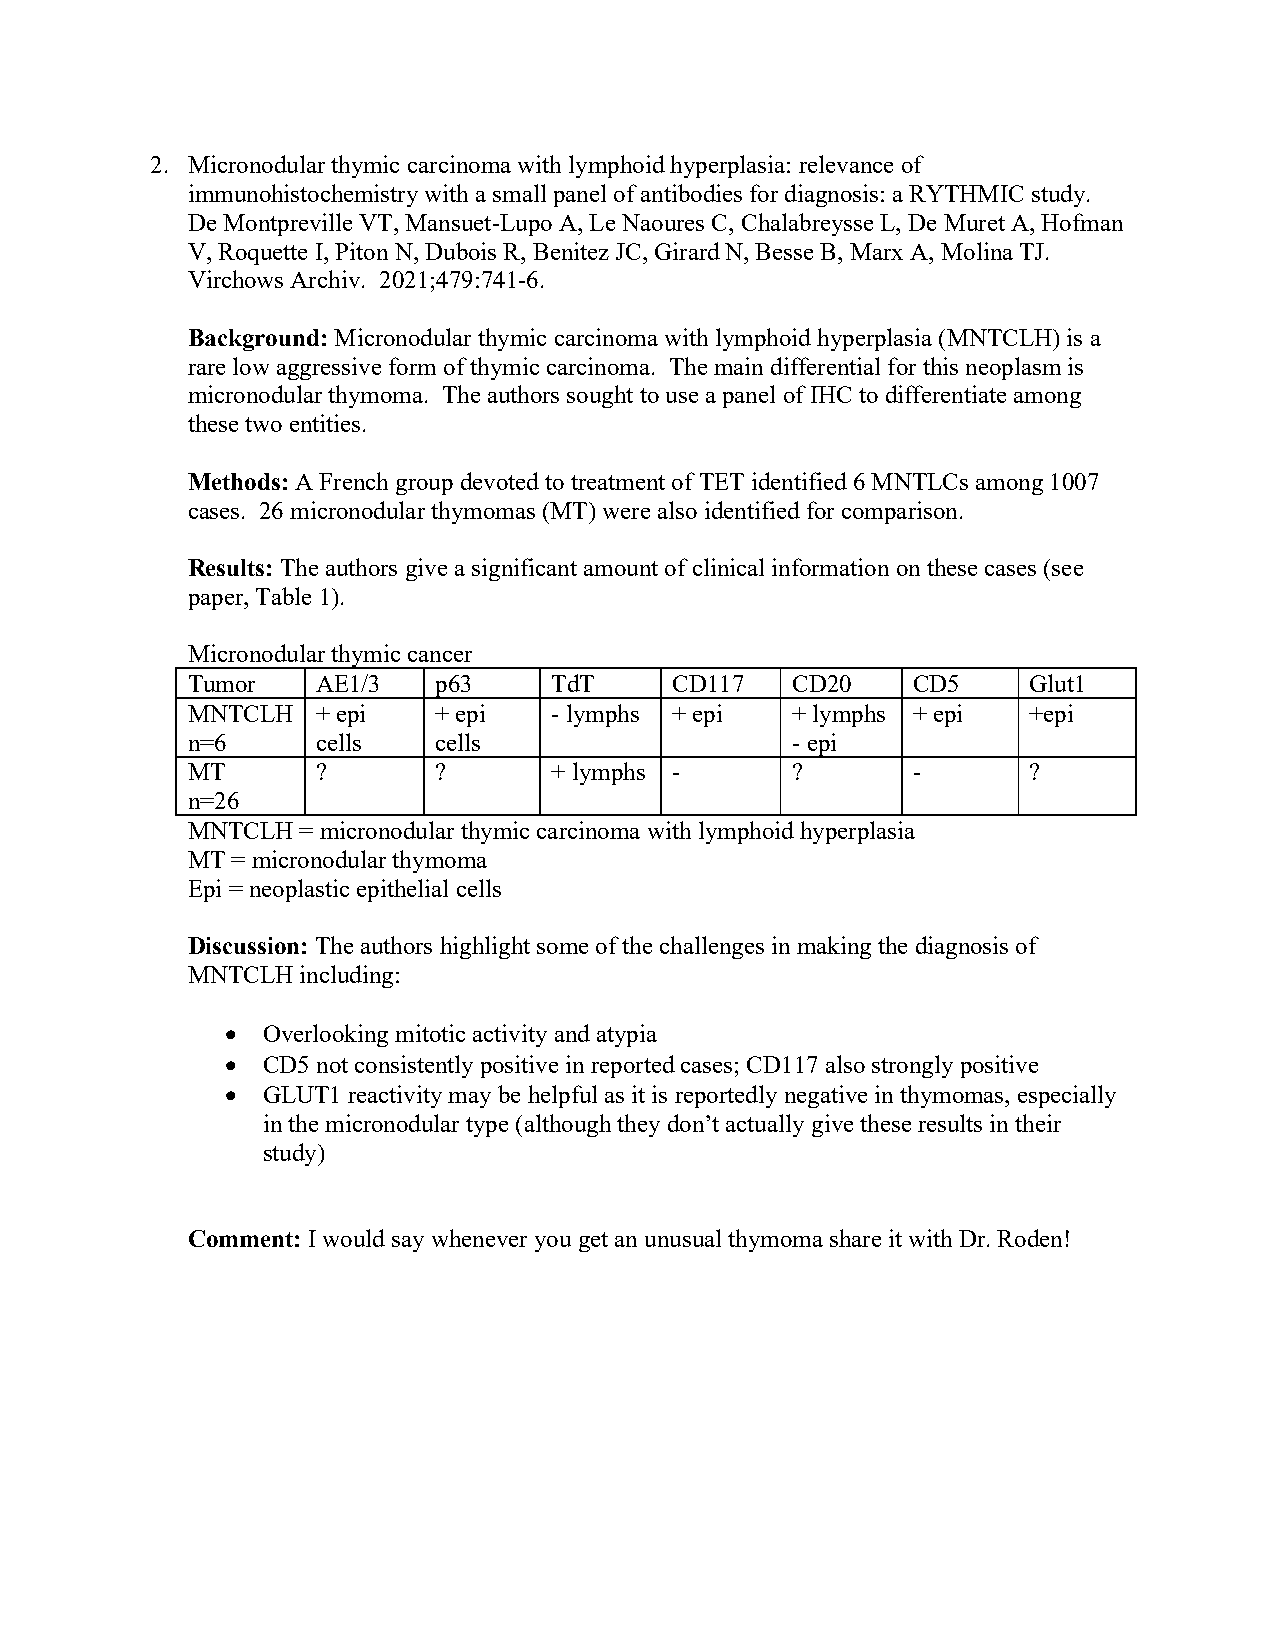
2. Micronodular thymic carcinoma with lymphoid hyperplasia: relevance of
 immunohistochemistry with a small panel of antibodies for diagnosis: a RYTHMIC study.
 De Montpreville VT, Mansuet-Lupo A, Le Naoures C, Chalabreysse L, De Muret A, Hofman
 V, Roquette I, Piton N, Dubois R, Benitez JC, Girard N, Besse B, Marx A, Molina TJ.
 Virchows Archiv. 2021;479:741-6.
 Background: Micronodular thymic carcinoma with lymphoid hyperplasia (MNTCLH) is a
 rare low aggressive form of thymic carcinoma. The main differential for this neoplasm is
 micronodular thymoma. The authors sought to use a panel of IHC to differentiate among
 these two entities.
 Methods: A French group devoted to treatment of TET identified 6 MNTLCs among 1007
 cases. 26 micronodular thymomas (MT) were also identified for comparison.
 Results: The authors give a significant amount of clinical information on these cases (see
 paper, Table 1).
 Micronodular thymic cancer
 Tumor    AE1/3   p63    TdT     CD117   CD20    CD5     Glut1
 MNTCLH   + epi   + epi  - lymphs + epi  + lymphs + epi  +epi
 n=6      cells   cells                  - epi
 MT       ?       ?      + lymphs -      ?       -       ?
 n=26
 MNTCLH  = micronodular thymic carcinoma with lymphoid hyperplasia
 MT = micronodular thymoma
 Epi = neoplastic epithelial cells
 Discussion: The authors highlight some of the challenges in making the diagnosis of
 MNTCLH  including:
 • Overlooking mitotic activity and atypia
 • CD5 not consistently positive in reported cases; CD117 also strongly positive
 • GLUT1 reactivity may be helpful as it is reportedly negative in thymomas, especially
 in the micronodular type (although they don’t actually give these results in their
 study)
 Comment: I would say whenever you get an unusual thymoma share it with Dr. Roden!